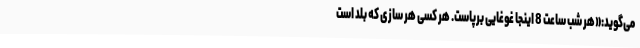
می‌گوید:«هر شب ساعت 8 اینجا غوغایی برپاست. هر کسی هر سازی که بلد است